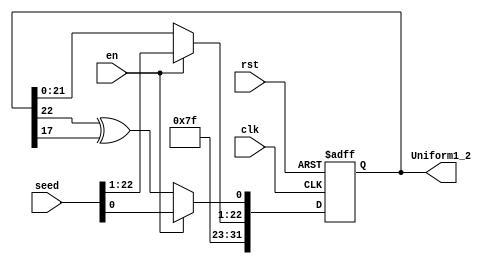
module  U12( clk, rst, en, seed, Uniform1_2);


// --- I/O Declaration ---
input clk, rst;
input en;
input [22:0] seed;
output [31:0] Uniform1_2;

// --- Wire/Register Parameter Declaration ---
reg [31:0] shreg, next_shreg;
wire [31:0] Uniform1_2;
assign Uniform1_2 = shreg;

// -----------------------------------------
// Sequential Part
// -----------------------------------------
always@ (posedge clk or posedge rst) begin
    if (rst) begin
        shreg[31:23] <= 9'b001111111;
        shreg[22:0] <= 23'd0;  // *** next? *** //
    end
    else begin
        shreg <= next_shreg;
    end
end

// -----------------------------------------
// Combinational Part
// -----------------------------------------
always@ (*) begin
    if (en) begin
        next_shreg[31:23] = 9'b001111111;
        next_shreg[22:0] = seed;
    end
    else begin
        next_shreg[31:23] = 9'b001111111;
        next_shreg[22:1] = shreg[21:0];
        next_shreg[0:0] = shreg[22:22] ^ shreg[17:17];
    end
end


endmodule